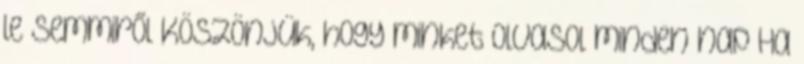
le semmiről Köszönjük, hogy minket olvasol minden nap Ha